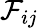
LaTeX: {\cal F}_{ij}